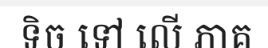
ទិច ទៅ លើ ភាគ